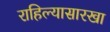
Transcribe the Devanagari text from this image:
राहिल्यासारखा